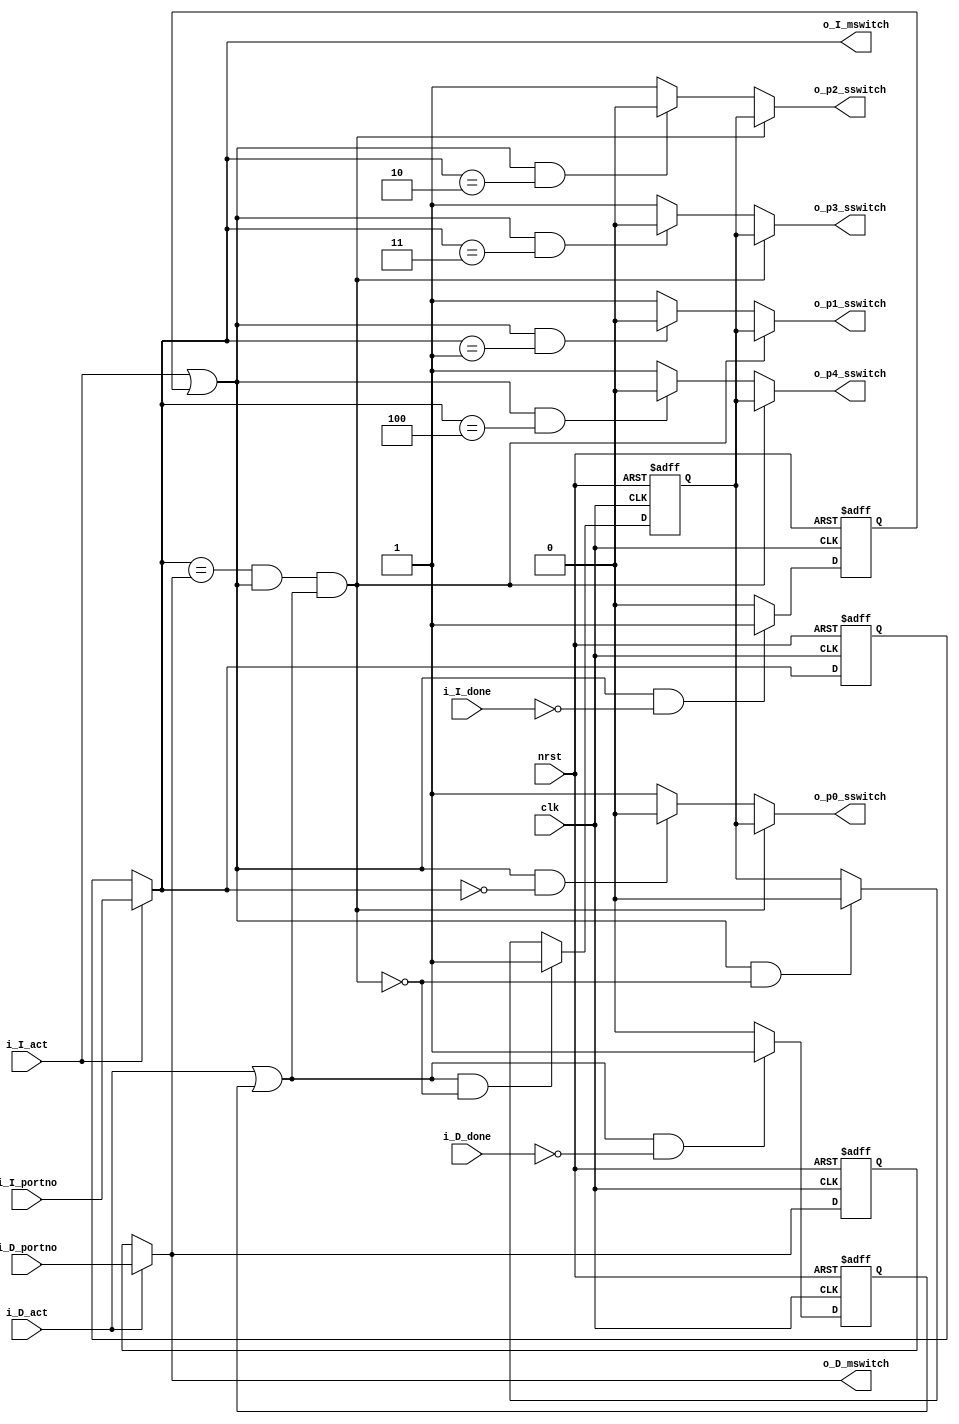
module fabric2_control #(
	parameter PORTNO_WIDTH = 11
)
(
	clk,
	nrst,
	i_I_act,
	i_I_done,
	i_D_act,
	i_D_done,
	i_I_portno,
	i_D_portno,
	o_I_mswitch,
	o_D_mswitch,
	o_p0_sswitch,
	o_p1_sswitch,
	o_p2_sswitch,
	o_p3_sswitch,
	o_p4_sswitch
);
input wire			clk;
input wire			nrst;
input wire			i_I_act;
input wire			i_I_done;
input wire			i_D_act;
input wire			i_D_done;
input wire [PORTNO_WIDTH-1:0]	i_I_portno;
input wire [PORTNO_WIDTH-1:0]	i_D_portno;
output wire [PORTNO_WIDTH-1:0]	o_I_mswitch;
output wire [PORTNO_WIDTH-1:0]	o_D_mswitch;
output wire			o_p0_sswitch;
output wire			o_p1_sswitch;
output wire			o_p2_sswitch;
output wire			o_p3_sswitch;
output wire			o_p4_sswitch;
reg			instr_act_r;
reg			data_act_r;
reg [PORTNO_WIDTH-1:0]	i_portno_r;
reg [PORTNO_WIDTH-1:0]	d_portno_r;
wire			instr_act = i_I_act || instr_act_r;
wire			data_act = i_D_act || data_act_r;
wire [PORTNO_WIDTH-1:0]	i_portno = i_I_act ? i_I_portno : i_portno_r;
wire [PORTNO_WIDTH-1:0]	d_portno = i_D_act ? i_D_portno : d_portno_r;
wire			confl = (i_portno == d_portno && instr_act && data_act);
reg			c_sw_r;
always @(posedge clk or negedge nrst)
begin
	if(!nrst)
	begin
		instr_act_r <= 1'b0;
		data_act_r <= 1'b0;
		i_portno_r <= { (PORTNO_WIDTH){1'b0} };
		d_portno_r <= { (PORTNO_WIDTH){1'b0} };
		c_sw_r <= 1'b0;
	end
	else
	begin
		instr_act_r <= ((i_I_act || instr_act_r) && !i_I_done ? 1'b1 : 1'b0);
		data_act_r <= ((i_D_act || data_act_r) && !i_D_done ? 1'b1 : 1'b0);
		if(i_I_act)
			i_portno_r <= i_I_portno;
		if(i_D_act)
			d_portno_r <= i_D_portno;
		if(instr_act && !confl)
			c_sw_r <= 1'b0;
		if(data_act && !confl)
			c_sw_r <= 1'b1;
	end
end
assign o_p0_sswitch = !confl ? ((instr_act && i_portno == 'd0) ? 1'b0 : 1'b1) : c_sw_r;
assign o_p1_sswitch = !confl ? ((instr_act && i_portno == 'd1) ? 1'b0 : 1'b1) : c_sw_r;
assign o_p2_sswitch = !confl ? ((instr_act && i_portno == 'd2) ? 1'b0 : 1'b1) : c_sw_r;
assign o_p3_sswitch = !confl ? ((instr_act && i_portno == 'd3) ? 1'b0 : 1'b1) : c_sw_r;
assign o_p4_sswitch = !confl ? ((instr_act && i_portno == 'd4) ? 1'b0 : 1'b1) : c_sw_r;
assign o_I_mswitch = i_portno;
assign o_D_mswitch = d_portno;
endmodule